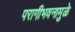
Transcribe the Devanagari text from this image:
परागीभवनामुळे